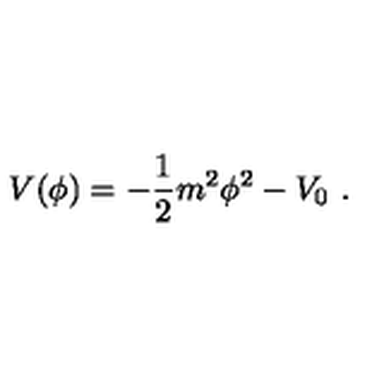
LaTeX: V ( \phi ) = - { \frac { 1 } { 2 } } m ^ { 2 } \phi ^ { 2 } - V _ { 0 } \ .